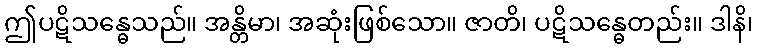
ဤပဋိသန္ဓေသည်။ အန္တိမာ၊ အဆုံးဖြစ်သော။ ဇာတိ၊ ပဋိသန္ဓေတည်း။ ဒါနိ၊